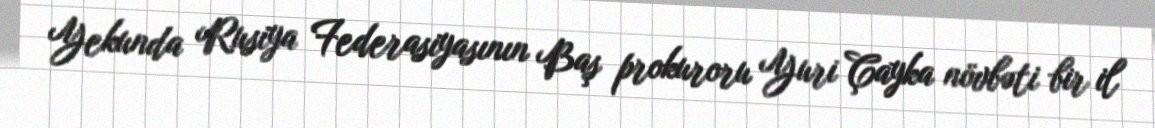
Yekunda Rusiya Federasiyasının Baş prokuroru Yuri Çayka növbəti bir il